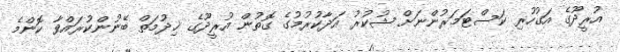
އުރީދޫގެ އަގުހުރި ކަސްޓަމަރުންނަށް ޝުކުރު އަދާކުރުމުގެ ގޮތުން އުރީދޫގެ ޚިދުމަތް ބޭނުންކުރައްވާ ކޮންމެ